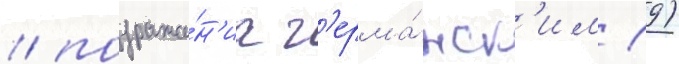
/ подража́н'иа г'ерма́нск'им (9)